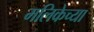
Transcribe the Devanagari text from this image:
मलिकेच्या